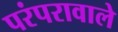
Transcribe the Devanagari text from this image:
परंपरावाले